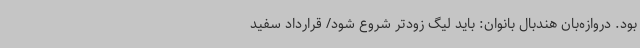
بود. دروازه‌بان هندبال بانوان: باید لیگ زودتر شروع شود/ قرارداد سفید